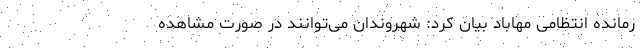
رمانده انتظامی مهاباد بیان کرد: شهروندان می‌توانند در صورت مشاهده